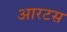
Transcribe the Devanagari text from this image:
आरटस